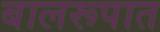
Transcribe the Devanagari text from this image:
बालरूपात